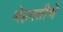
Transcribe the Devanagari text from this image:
मेहनतीचे